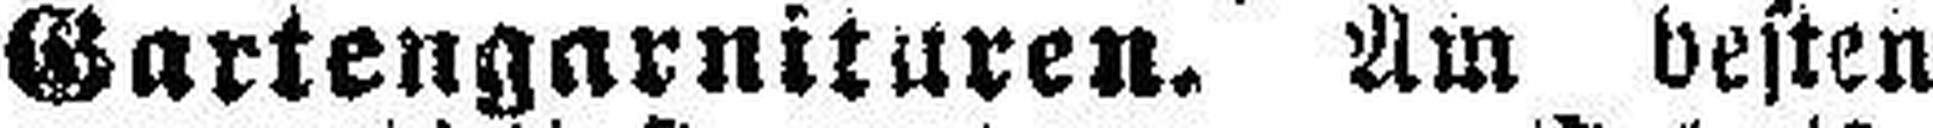
Gartengarnituren. Am besten